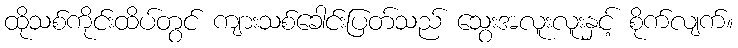
ထိုသစ်ကိုင်းထိပ်တွင် ကျားသစ်ခေါင်းပြတ်သည် သွေးအလူးလူးနှင့် စိုက်လျက်။